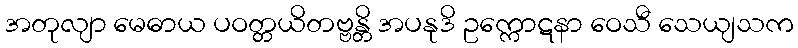
အတုလျာ မေဓာယ ပဝတ္တယိတဗ္ဗန္တိ အပနုဒိ ဥက္ကောဋနာ ဝေသီ သေယျသက